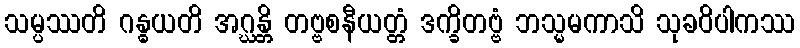
သမ္ပဿတိ ဂန္ဓယတိ အဂ္ဃန္တိ တဗ္ဗစနီယတ္တံ ဒက္ခိတဗ္ဗံ ဘသ္မမကာသိ သုခဝိပါကဿ